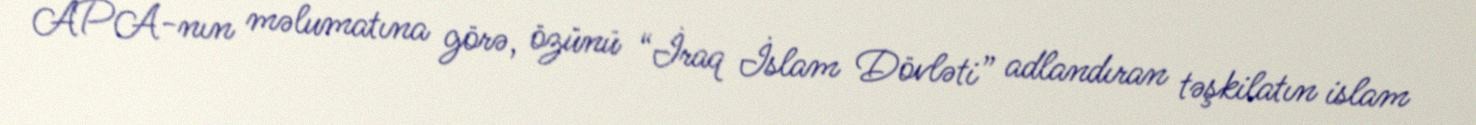
APA-nın məlumatına görə, özünü “İraq İslam Dövləti” adlandıran təşkilatın islam